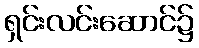
ရှင်းလင်းဆောင်၌